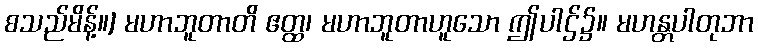
စသည်မိန့်။] မဟာဘူတာတိ ဧတ္ထ၊ မဟာဘူတာဟူသော ဤပါဌ်၌။ မဟန္တပါတုဘာ